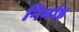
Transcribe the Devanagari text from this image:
निर्माड़